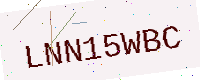
Text: LNN15WBC